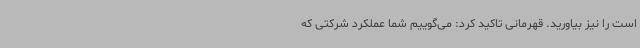
است را نیز بیاورید. قهرمانی تاکید کرد: می‌گوییم شما عملکرد شرکتی که